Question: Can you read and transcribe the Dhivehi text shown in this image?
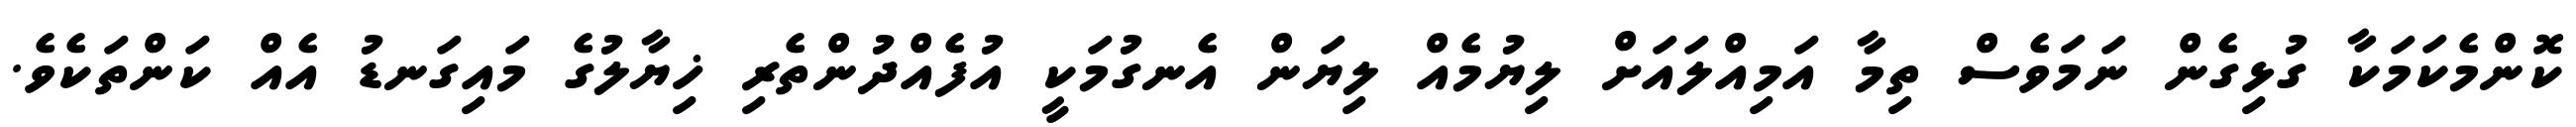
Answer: ކޮންމެކަމަކާ ގުޅިގެން ނަމަވެސް ތިމާ އަމިއްލައަށް ލިޔުމެއް ލިޔަން އެނގުމަކީ އުފެއްދުންތެރި ޚިޔާލުގެ މައިގަނޑު އެއް ކަންތަކެވެ.